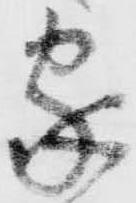
家